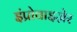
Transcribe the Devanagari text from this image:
इंप्रोवाइज़ेर